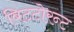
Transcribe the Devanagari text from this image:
बिटटोरन्ट